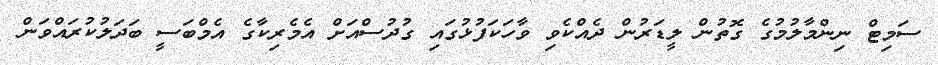
ސަމިޓް ނިންމާލުމުގެ ގޮތުން ލީޑަރުން ދެއްކެވި ވާހަކަފުޅުގައި ގުދުސްއަށް އެެމެރިކާގެ އެމްބަސީ ބަދަލުކުރައްވަން